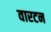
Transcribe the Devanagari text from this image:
वारटन